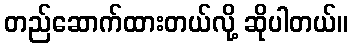
တည်ဆောက်ထားတယ်လို့ ဆိုပါတယ်။